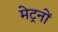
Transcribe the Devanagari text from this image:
मेट्रनों